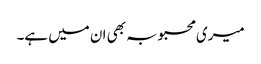
میری محبوبہ بھی ان میں ہے۔